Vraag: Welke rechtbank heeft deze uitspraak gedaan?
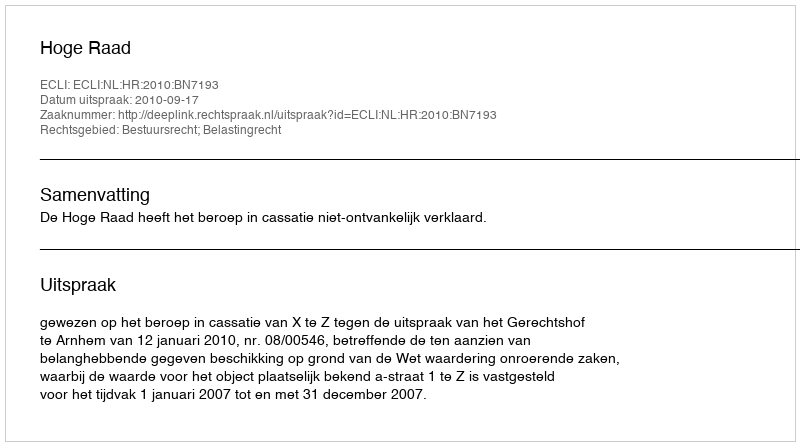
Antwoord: Hoge Raad